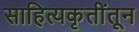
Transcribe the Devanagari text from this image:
साहित्यकृतींतून